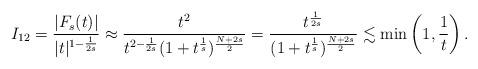
LaTeX: \begin{align*}I_{12}&=\frac{|F_s(t)|}{|t|^{1-\frac1{2s}}}\approx\frac{t^2}{t^{2-\frac1{2s}}(1+t^{\frac1s})^{\frac{N+2s}2}}=\frac{t^{\frac1{2s}}}{(1+t^{\frac1s})^{\frac{N+2s}2}}\lesssim\min\left(1,\frac1{t}\right).\end{align*}